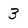
Character: 3